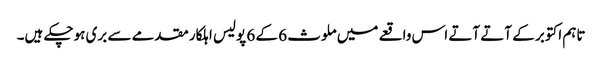
تاہم اکتوبر کے آتے آتے اس واقعے میں ملوث 6 کے 6 پولیس اہلکار مقدمے سے بری ہوچکے ہیں۔